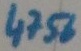
Text: 4756